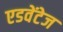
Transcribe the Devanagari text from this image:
एडवेंटेज